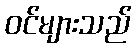
ဝင်များသည်